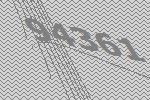
94361